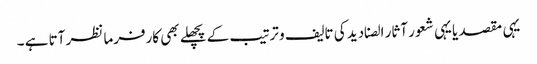
یہی مقصد یا یہی شعور آثار الصنادید کی تالیف و ترتیب کے پچھلے بھی کارفرما نظر آتا ہے ۔